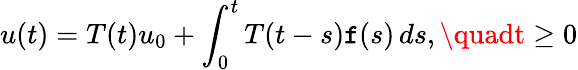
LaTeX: u(t)=T(t)u_{0}+\int_{0}^{t}T(t-s)\mathtt{f}(s)\, ds,\quadt\geq0